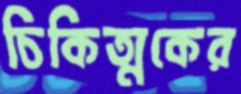
চিকিত্মকের